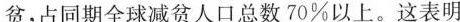
贫，占同期全球减贫人口总数70%以上。这表明